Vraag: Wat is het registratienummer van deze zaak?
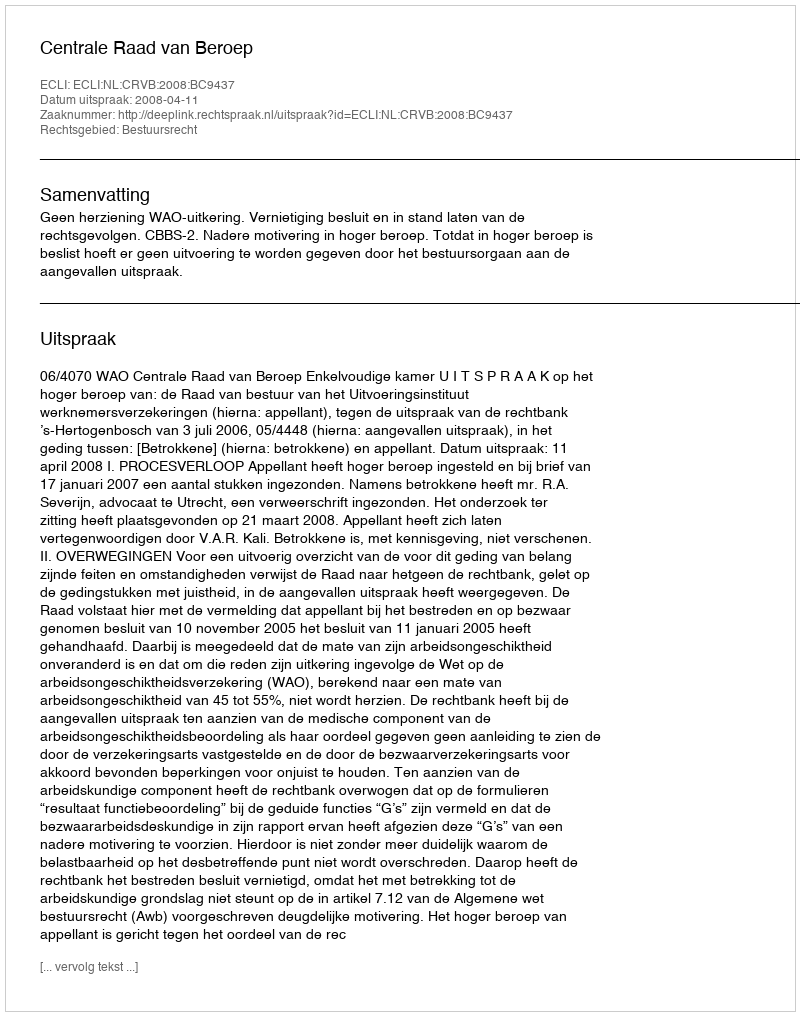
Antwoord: http://deeplink.rechtspraak.nl/uitspraak?id=ECLI:NL:CRVB:2008:BC9437